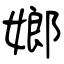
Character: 嫏